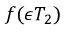
f ( \epsilon T _ { 2 } )